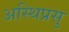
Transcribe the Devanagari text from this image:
अस्थिप्रसु